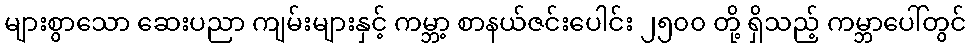
များစွာသော ဆေးပညာ ကျမ်းများနှင့် ကမ္ဘာ့ စာနယ်ဇင်းပေါင်း ၂၅၀၀ တို့ ရှိသည့် ကမ္ဘာပေါ်တွင်